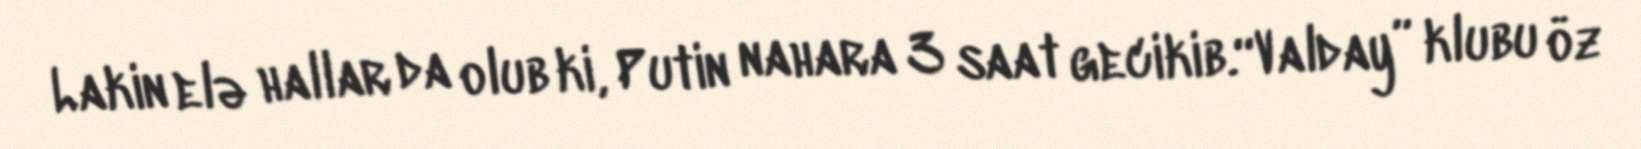
Lakin elə hallar da olub ki, Putin nahara 3 saat gecikib.“Valday” klubu öz